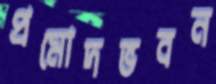
প্রমোদভবন